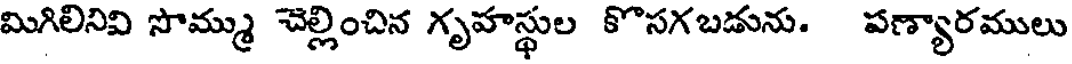
మిగిలినివి సొమ్ము చెల్లించిన గృహస్థుల కొసగబడును. పణ్యారములు